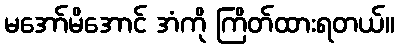
မအော်မိအောင် အံကို ကြိတ်ထားရတယ်။